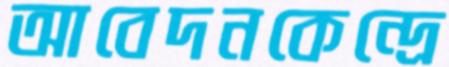
আবেদনকেন্দ্রে